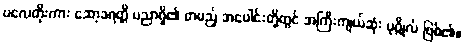
ပလေတိုးကား ဆော့ခရတ္တိ ပညာရှိ၏ တပည့် အပေါင်းတို့တွင် အကြီးကျယ်ဆုံး ပုဂ္ဂိုလ် ဖြစ်၏။